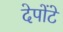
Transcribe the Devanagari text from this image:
देपोंटे